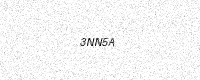
Text: 3NN5A